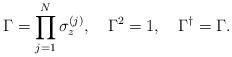
LaTeX: \begin{align*}\Gamma=\prod_{j=1}^N\sigma_{z}^{(j)},\quad \Gamma^2=1,\quad\Gamma^\dagger=\Gamma.\end{align*}